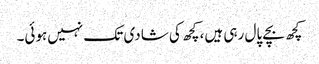
کچھ بچے پال رہی ہیں، کچھ کی شادی تک نہیں‌ہوئی۔